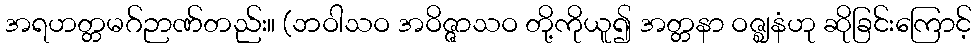
အရဟတ္တမဂ်ဉာဏ်တည်း။ (ဘဝါသဝ အဝိဇ္ဇာသဝ တို့ကိုယူ၍ အတ္တနာ ဝဇ္ဈနံဟု ဆိုခြင်းကြောင့်